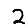
Digit: 2